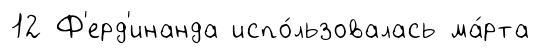
12 Ф'ерд'инанда испо́льзовалась ма́рта